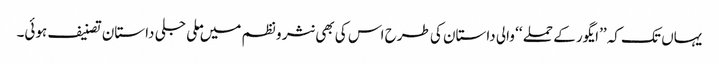
یہاں تک کہ ’’ایگور کے حملے ‘‘ والی داستان کی طرح اس کی بھی نثر و نظم میں ملی جلی داستان تصنیف ہوئی۔